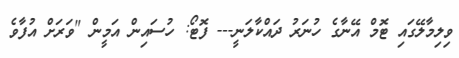
ވިލިމާލޭގައި ޓޮމް އޭނާގެ ހުނަރު ދައްކާލަނީ--- ފޮޓޯ: ހުސައިން އަމީން "ވަރަށް އުފާވެ